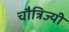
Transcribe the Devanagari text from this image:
चौत्रिज्यी